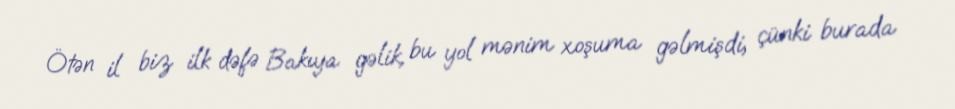
Ötən il biz ilk dəfə Bakıya gəlik, bu yol mənim xoşuma gəlmişdi, çünki burada